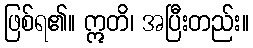
ဖြစ်ရ၏။ ဣတိ၊ အပြီးတည်း။